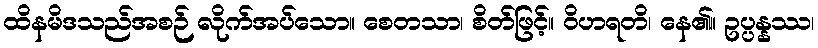
ထိနမိဒသည်အစဉ် လိုက်အပ်သော။ စေတသာ၊ စိတ်ဖြင့်။ ဝိဟရတိ၊ နေ၏။ ဥပ္ပန္နဿ၊